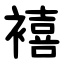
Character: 鿋